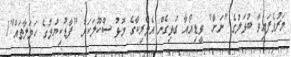
މަރުވެފައިވާ ބުޅަލުގެ "ނަށާ" ވީޑިއޯއާ ގުޅިގެން އެމެރިކާގެ މޮޅު ސްކޫލަކަށް "ފާޑުކިޔުމުގެ ހަމަލާތައް"1